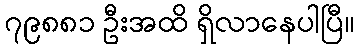
၇၉၈၈၁ ဦးအထိ ရှိလာနေပါပြီ။